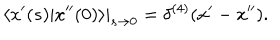
\left. \langle x ^ { \prime } ( s ) | x ^ { \prime \prime } ( 0 ) \rangle \right| _ { s \rightarrow 0 } = \delta ^ { ( 4 ) } ( x ^ { \prime } - x ^ { \prime \prime } ) .